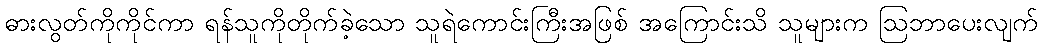
ဓားလွတ်ကိုကိုင်ကာ ရန်သူကိုတိုက်ခဲ့သော သူရဲကောင်းကြီးအဖြစ် အကြောင်းသိ သူများက ဩဘာပေးလျက်